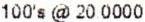
100'S @ 20.0000